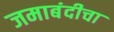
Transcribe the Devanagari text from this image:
जमाबंदीचा